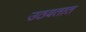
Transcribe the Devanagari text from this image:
उठवतात